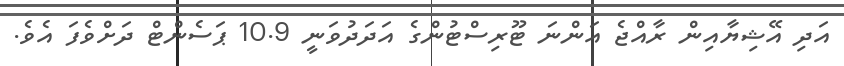
އަދި އޭޝިޔާއިން ރާއްޖެ އަންނަ ޓޫރިސްޓުންގެ އަދަދުވަނީ 10.9 ޕަސެންޓް ދަށްވެފަ އެވެ.